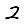
Digit: 2